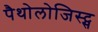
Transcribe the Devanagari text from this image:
पैथोलोजिस्ट्स